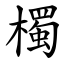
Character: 㯮